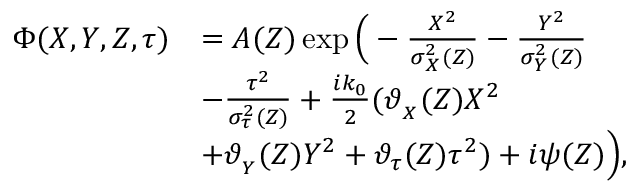
\begin{array} { r l } { \Phi ( X , Y , Z , \tau ) } & { = A ( Z ) \exp \Big ( - \frac { X ^ { 2 } } { \sigma _ { _ X } ^ { 2 } ( Z ) } - \frac { Y ^ { 2 } } { \sigma _ { _ Y } ^ { 2 } ( Z ) } } \\ & { - \frac { \tau ^ { 2 } } { \sigma _ { \tau } ^ { 2 } ( Z ) } + \frac { i k _ { 0 } } { 2 } ( \vartheta _ { _ { X } } ( Z ) X ^ { 2 } } \\ & { + \vartheta _ { _ { Y } } ( Z ) Y ^ { 2 } + \vartheta _ { \tau } ( Z ) \tau ^ { 2 } ) + i \psi ( Z ) \Big ) , } \end{array}